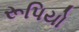
રૂપિયો